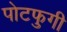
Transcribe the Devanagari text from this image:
पोटफुगी